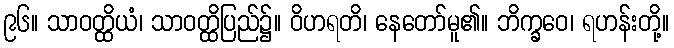
၉၆။ သာဝတ္ထိယံ၊ သာဝတ္ထိပြည်၌။ ဝိဟရတိ၊ နေတော်မူ၏။ ဘိက္ခဝေ၊ ရဟန်းတို့။